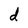
Character: d